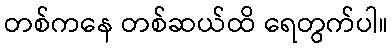
တစ်ကနေ တစ်ဆယ်ထိ ရေတွက်ပါ။